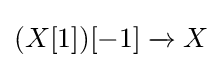
(X[1])[-1]\xrightarrow {} X